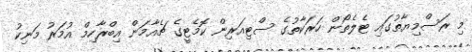
މި ރަސްމިޔާތުގައި ޓެލެތޯން ހަރަކާތުގެ ސްޓިއަރިން ކޮމެޓީގެ ޗެއާމަން އިބްރާހިމް އުމަރު މަނިކު